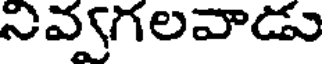
నివ్వగలవాడు